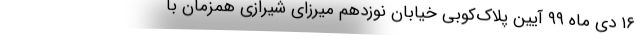
۱۶ دی ماه ۹۹ آیین پلاک‌کوبی خیابان نوزدهم میرزای شیرازی همزمان با